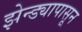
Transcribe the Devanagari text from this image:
झेन्ड्यापासून